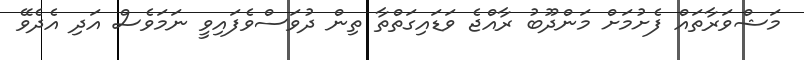
މަޝްވަރާތައް ފެށުމަށް މަންދޫބު ރާއްޖެ ވަޑައިގަތްތާ ތިން ދުވަސްވެފައިވީ ނަމަވެސް އަދި އެދެވޭ